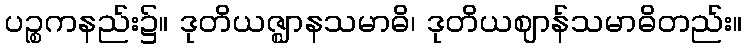
ပဉ္စကနည်း၌။ ဒုတိယဇ္ဈာနသမာဓိ၊ ဒုတိယဈာန်သမာဓိတည်း။